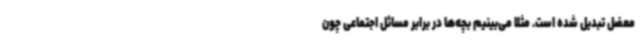
معضل تبدیل شده است. مثلا می‌بینیم بچه‌ها در برابر مسائل اجتماعی چون